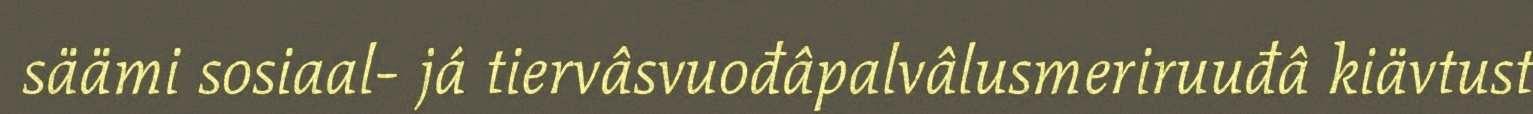
säämi sosiaal- já tiervâsvuođâpalvâlusmeriruuđâ kiävtust